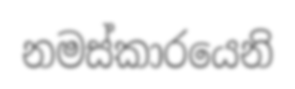
නමස්කාරයෙනි